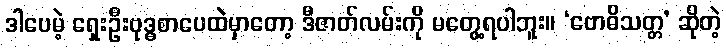
ဒါပေမဲ့ ရှေးဦးဗုဒ္ဓစာပေထဲမှာတော့ ဒီဇာတ်လမ်းကို မတွေ့ရပါဘူး။ ‘ဗောဓိသတ္တ’ ဆိုတဲ့